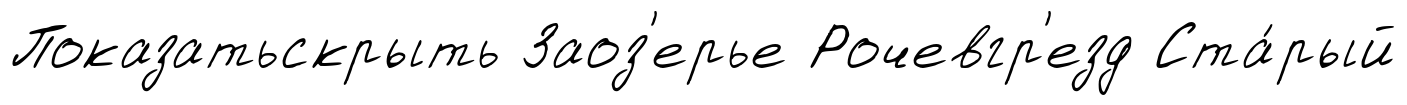
Показатьскрыть Заоз'ерье Рочевгр'езд Ста́рый